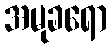
အမုခရော